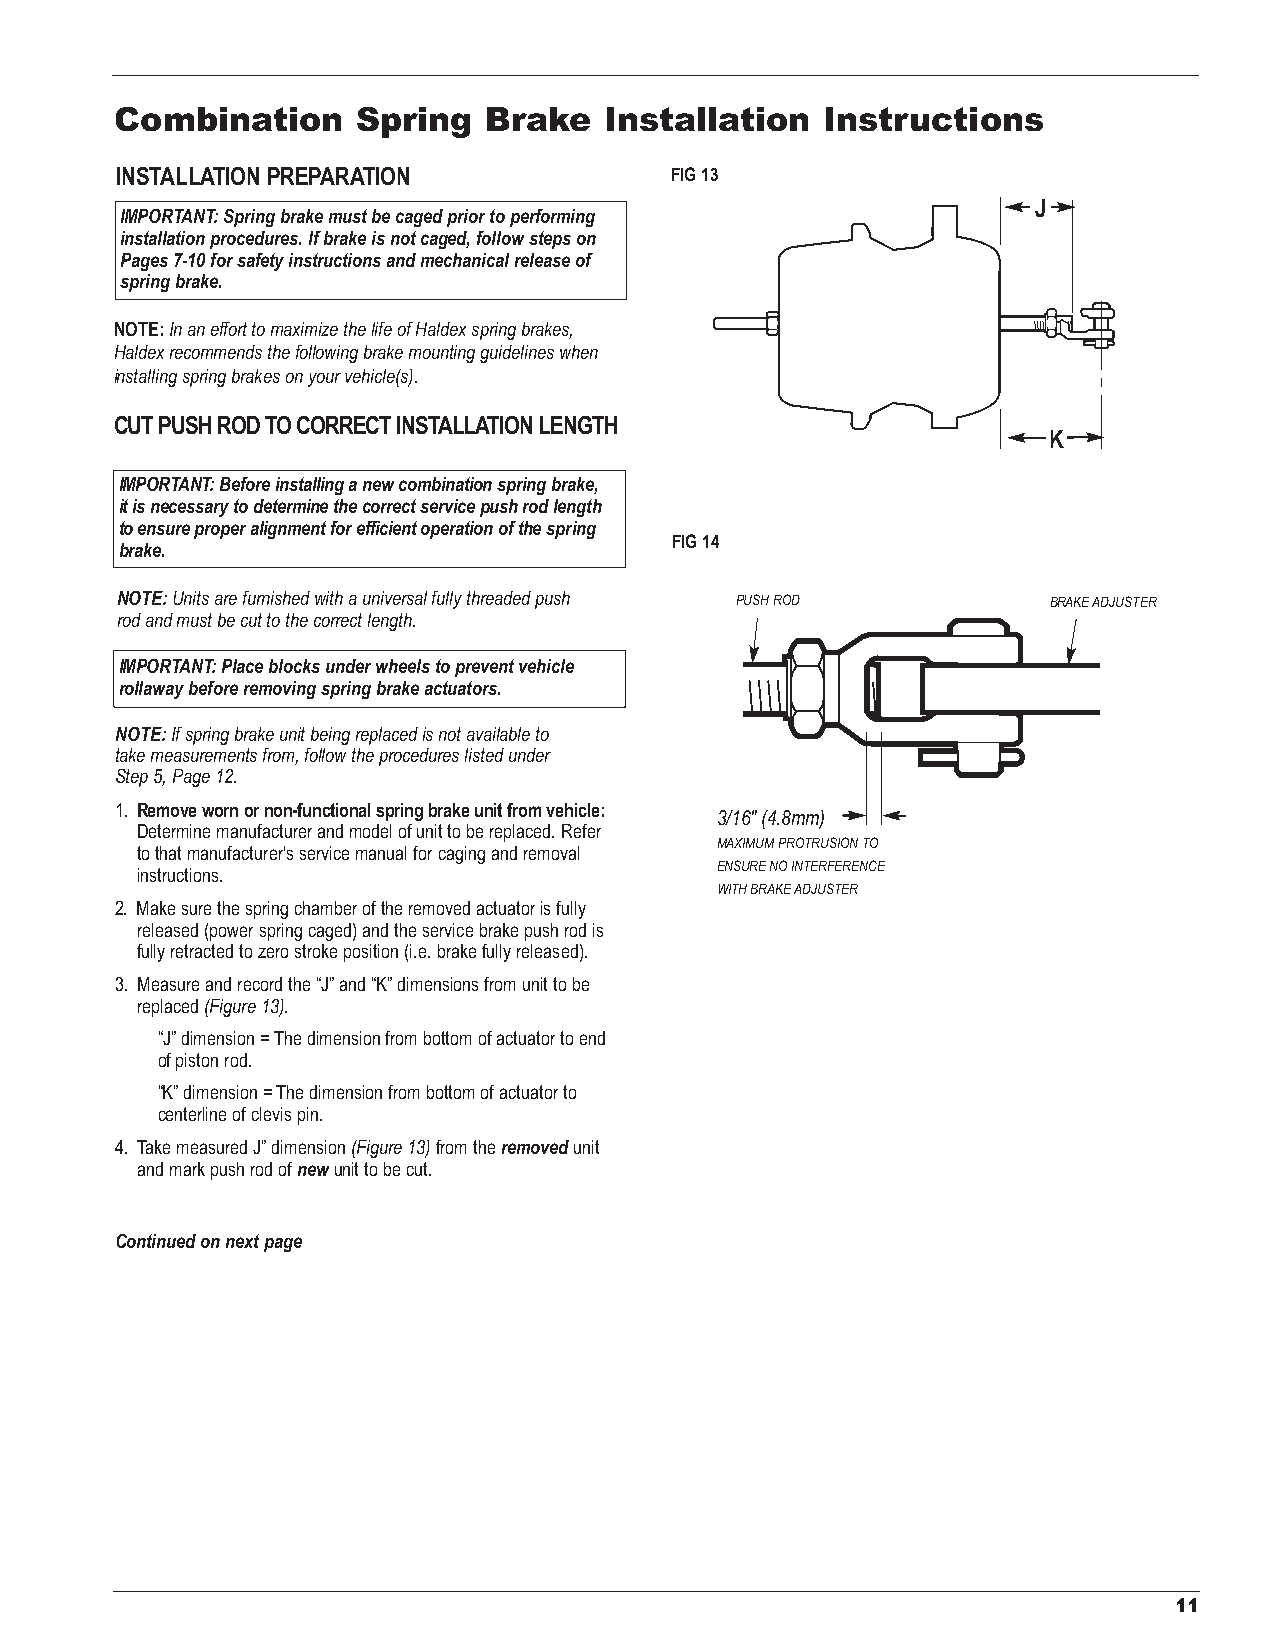
Combination     Spring  Brake   Installation  Instructions
 INSTALLATION PREPARATION            FIG 13
 J
 IMPORTANT: Spring brake must be caged prior to performing
 installation procedures. If brake is not caged, follow steps on
 Pages 7-10 for safety instructions and mechanical release of
 spring brake.
 NOTE:In an effort to maximize the life of Haldex spring brakes,
 Haldex recommends the following brake mounting guidelines when
 installing spring brakes on your vehicle(s).
 CUT PUSH ROD TO CORRECT INSTALLATION LENGTH
 K
 IMPORTANT: Before installing a new combination spring brake,
 it is necessary to determine the correct service push rod length
 to ensure proper alignment for efficient operation of the spring
 FIG 14
 brake.
 NOTE:Units are furnished with a universal fully threaded push PUSH ROD BRAKE ADJUSTER
 rod and must be cut to the correct length.
 IMPORTANT: Place blocks under wheels to prevent vehicle
 rollaway before removing spring brake actuators.
 NOTE: If spring brake unit being replaced is not available to
 take measurements from, follow the procedures listed under
 Step 5, Page 12.
 1. Remove worn or non-functional spring brake unit from vehicle:
 3/16" (4.8mm)
 Determine manufacturer and model of unit to be replaced. Refer
 MAXIMUM PROTRUSION TO
 to that manufacturer's service manual for caging and removal
 ENSURE NO INTERFERENCE
 instructions.
 WITH BRAKE ADJUSTER
 2. Make sure the spring chamber of the removed actuator is fully
 released (power spring caged) and the service brake push rod is
 fully retracted to zero stroke position (i.e. brake fully released).
 3. Measure and record the “J” and “K” dimensions from unit to be
 replaced (Figure 13).
 “J” dimension = The dimension from bottom of actuator to end
 of piston rod.
 “K” dimension = The dimension from bottom of actuator to
 centerline of clevis pin.
 4. Take measured J” dimension (Figure 13)from the removedunit
 and mark push rod of newunit to be cut.
 Continued on next page
 11